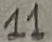
Text: 11